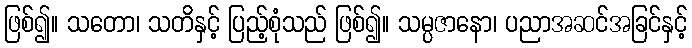
ဖြစ်၍။ သတော၊ သတိနှင့် ပြည့်စုံသည် ဖြစ်၍။ သမ္ပဇာနော၊ ပညာအဆင်အခြင်နှင့်